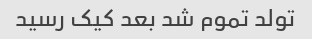
تولد تموم شد بعد کیک رسید